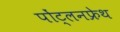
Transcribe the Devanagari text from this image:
पोंट्लनफ्रेथ